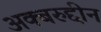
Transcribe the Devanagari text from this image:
अक्बरुद्दीन